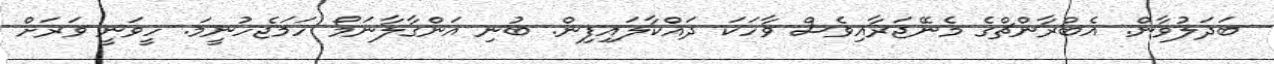
ބަދަލުވާން. އެބްރާންޗްގެ މެނޭޖަރާއިވެސް ވާހަކަ ދައްކާލައިފިން. ބުނި އަންގާލާނަމޯ ހަމަޖެހުނީމަ. ހީވަނީ ވަރަށް